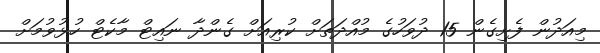
މިއަދުން ފެށިގެން 15 ދުވަހުގެ މުއްދަތަށް ކުރިއަށް ގެންދާ ނައިޓް މާކެޓް ހުޅުވުމަށް